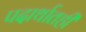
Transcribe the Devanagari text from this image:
पदार्थातही